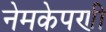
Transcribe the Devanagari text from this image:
नेमकेपणी